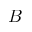
B